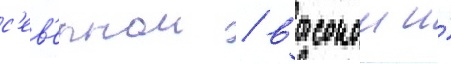
с'ев'ернои / высокои и́